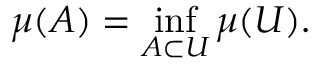
\mu ( A ) = \operatorname* { i n f } _ { A \subset U } \mu ( U ) .